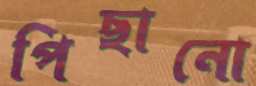
পিছানো